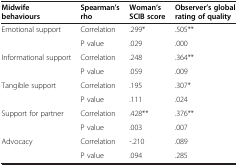
<table><thead><tr><td><b>Midwife behaviours</b></td><td><b>Spearman’s rho</b></td><td><b>Woman’s SCIB score</b></td><td><b>Observer’s global rating of quality</b></td></tr></thead><tbody><tr><td rowspan="2">Emotional support</td><td>Correlation</td><td>.299*</td><td>.505**</td></tr><tr><td>P value</td><td>.029</td><td>.000</td></tr><tr><td rowspan="2">Informational support</td><td>Correlation</td><td>.248</td><td>.364**</td></tr><tr><td>P value</td><td>.059</td><td>.009</td></tr><tr><td rowspan="2">Tangible support</td><td>Correlation</td><td>.195</td><td>.307*</td></tr><tr><td>P value</td><td>.111</td><td>.024</td></tr><tr><td rowspan="2">Support for partner</td><td>Correlation</td><td>.428**</td><td>.376**</td></tr><tr><td>P value</td><td>.003</td><td>.007</td></tr><tr><td>Advocacy</td><td>Correlation</td><td>-.210</td><td>.089</td></tr><tr><td>[EMPTY_CELL]</td><td>P value</td><td>.094</td><td>.285</td></tr></tbody></table>